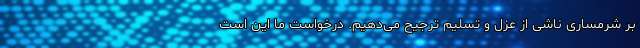
بر شرمساری ناشی از عزل و تسلیم ترجیح می‌دهیم. درخواست ما این است